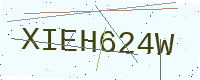
Text: XIEH624W